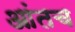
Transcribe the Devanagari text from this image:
आंतच